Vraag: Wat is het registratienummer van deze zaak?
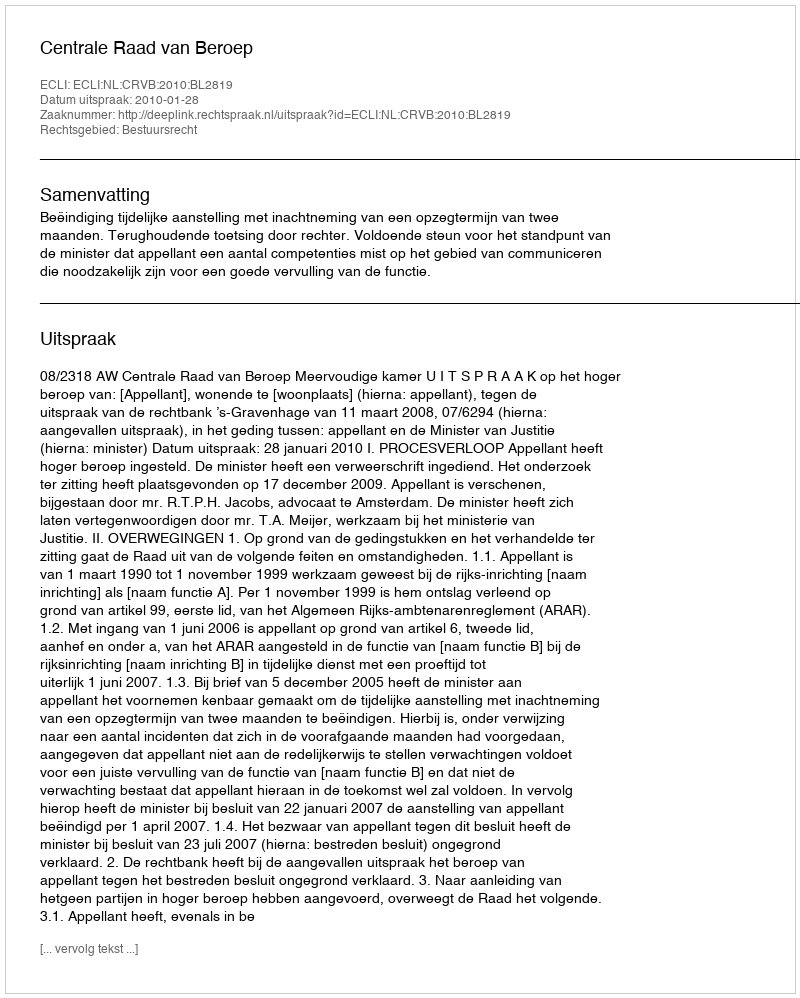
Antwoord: http://deeplink.rechtspraak.nl/uitspraak?id=ECLI:NL:CRVB:2010:BL2819